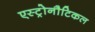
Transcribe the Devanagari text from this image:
एस्ट्रोनौटिकल